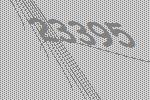
23395